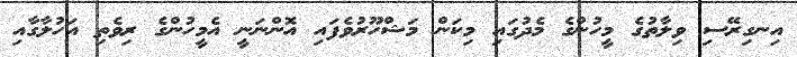
އިނގިރޭސި ވިލާތުގެ މީހުންގެ މެދުގައި މިކަން މަޝްހޫރުވެފައި އޮންނަނީ އެމީހުންގެ ރިވެތި އަހުލާގާއި